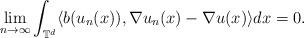
LaTeX: \begin{align*}\lim_{n\rightarrow\infty}\int_{\mathbb{T}^d} \langle b(u_n(x)), \nabla u_n(x) - \nabla u(x)\rangle dx = 0 .\end{align*}